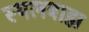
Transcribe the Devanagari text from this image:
स्थलबाह्य